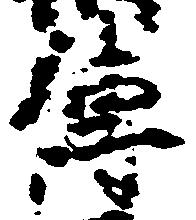
伝